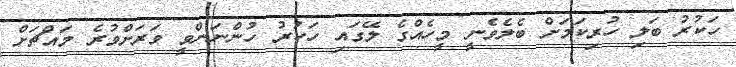
ހަކުރު ބަލި ހުރިކަމަށް ބެލެވެނީ މީހެއްގެ ލޭގައި ހަކުރު ހުންނަންވީ ވަރަށްވުރެ މައްޗަށް